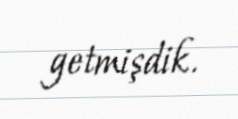
getmişdik.